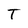
Character: T